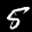
Label: 5